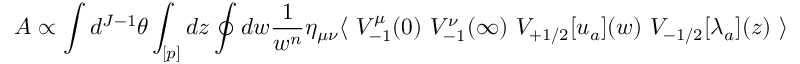
{ \cal A } \propto \int d ^ { J - 1 } \theta \int _ { [ p ] } d z \oint d w \frac { 1 } { w ^ { n } } \eta _ { \mu \nu } \langle \ V _ { - 1 } ^ { \mu } ( 0 ) \ V _ { - 1 } ^ { \nu } ( \infty ) \ V _ { + 1 / 2 } [ u _ { a } ] ( w ) \ V _ { - 1 / 2 } [ \lambda _ { a } ] ( z ) \ \rangle